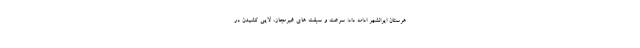
هرستان ایرانشهر ادامه داد: سرعت و سبقت های غیرمجاز، لایی کشیدن در